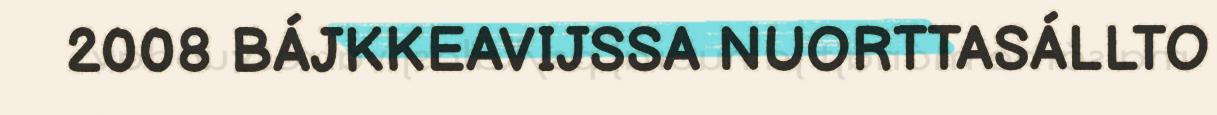
2008 BÁJKKEAVIJSSA NUORTTASÁLLTO